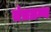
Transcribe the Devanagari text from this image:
तंत्रग्रन्थ